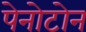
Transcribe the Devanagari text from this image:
पेनोटोन